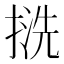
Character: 𢱓